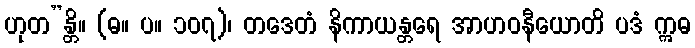
ဟုတ”န္တိ။ (ဓ။ ပ။ ၁၀၇)၊ တဒေတံ နိကာယန္တရေ အာဟဝနီယောတိ ပဒံ ဣဓ